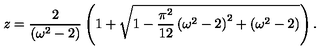
z = \frac { 2 } { \left( \omega ^ { 2 } - 2 \right) } \left( 1 + \sqrt { 1 - \frac { \pi ^ { 2 } } { 1 2 } \left( \omega ^ { 2 } - 2 \right) ^ { 2 } + \left( \omega ^ { 2 } - 2 \right) } \right) .